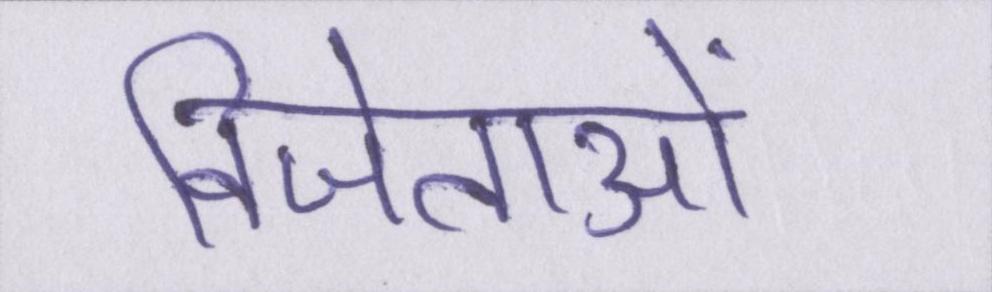
विजेताओं